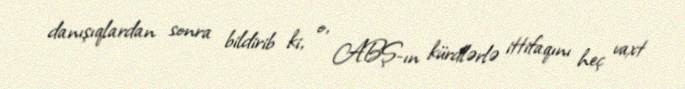
danışıqlardan sonra bildirib ki, o, ABŞ-ın kürdlərlə ittifaqını heç vaxt